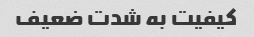
کیفیت به شدت ضعیف